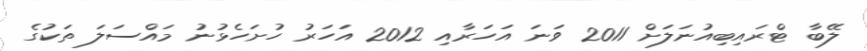
ލޭބާ ޓްރައިބިއުނަލަށް 2011 ވަނަ އަހަރާއި 2012 އަހަރު ހުށަހެޅުނު މައްސަލަ ތަކުގެ